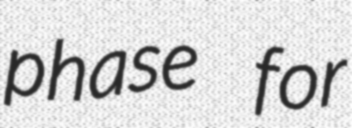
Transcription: phase for